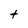
Character: t